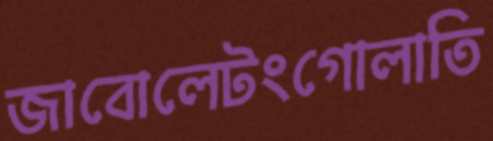
জাবোলেটংগোলাতি